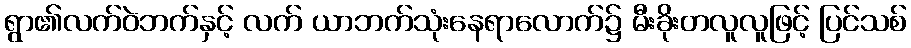
ရွာ၏လက်ဝဲဘက်နှင့် လက် ယာဘက်သုံးနေရာလောက်၌ မီးခိုးတလူလူဖြင့် ပြင်သစ်